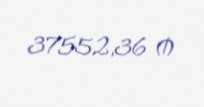
37552,36 ₼